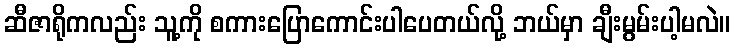
ဆီဇာရိုကလည်း သူ့ကို စကားပြောကောင်းပါပေတယ်လို့ ဘယ်မှာ ချီးမွမ်းပါ့မလဲ။